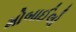
મોબાઈલો